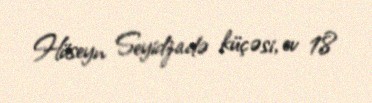
Hüseyn Seyidzadə küçəsi, ev 18